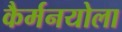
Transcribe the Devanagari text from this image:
कैर्मनयोला